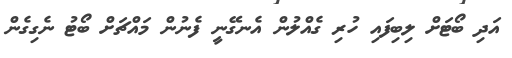
އަދި ބޯޓަށް ލިބިފައި ހުރި ގެއްލުން އެނގޭނީ ފެނުން މައްޗަށް ބޯޓު ނެގިގެން